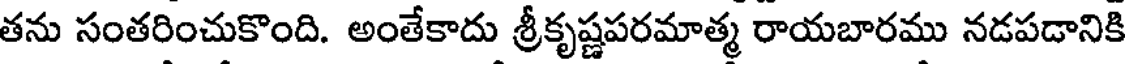
తను సంతరించుకొంది. అంతేకాదు శ్రీకృష్ణపరమాత్మ రాయబారము నడపడానికి